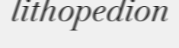
lithopedion